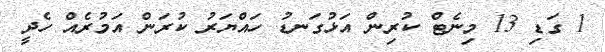
1 ގަޑި 13 މިނެޓް ކުރިން އަޅުގަނޑު ހައްޔަރު ކުރަން އަމުރެއް ހެދީ